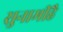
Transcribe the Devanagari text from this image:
सुनामीहै